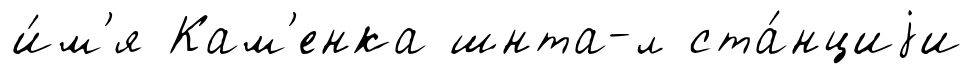
и́м'я Кам'енка шнта-л ста́нциjи